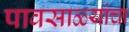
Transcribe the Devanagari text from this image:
पावसाळ्यांचा